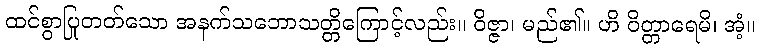
ထင်စွာပြုတတ်သော အနက်သဘောသတ္တိကြောင့်လည်း။ ဝိဇ္ဇာ၊ မည်၏။ ဟိ ဝိတ္တာရေမိ၊ အံ့။